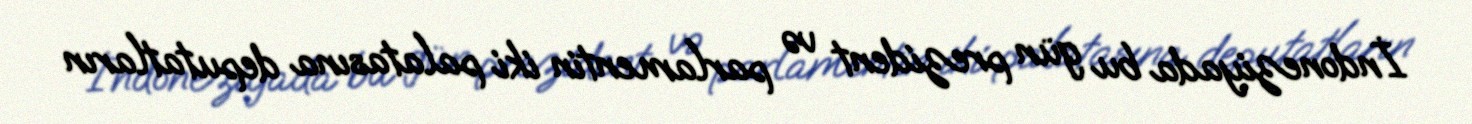
İndoneziyada bu gün prezident və parlamentin iki palatasına deputatların